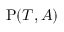
\mathrm { P } ( { \cal T } , A )